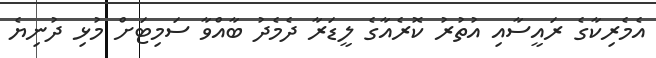
އެމެރިކާގެ ރައީސާއި އުތުރު ކޮރެއާގެ ލީޑަރާ ދެމެދު ބާއްވާ ސަމިޓަށް މުޅި ދުނިޔެ